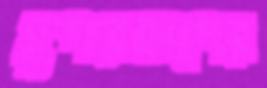
সুপারকাপের